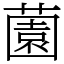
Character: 薗